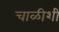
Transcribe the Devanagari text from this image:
चाळीशी